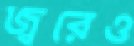
জ্বরেও